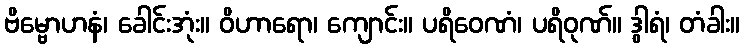
ဗိမ္ဗောဟနံ၊ ခေါင်းအုံး။ ဝိဟာရော၊ ကျောင်း။ ပရိဝေဏံ၊ ပရိဝုဏ်။ ဒွါရံ၊ တံခါး။